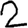
Digit: 2